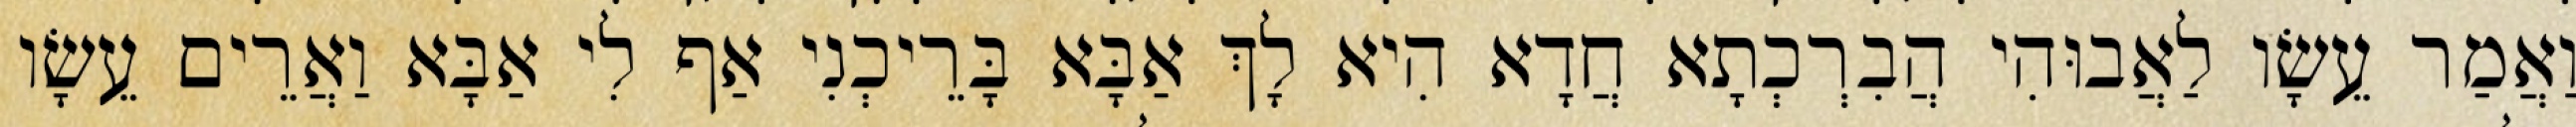
וַאֲמַר עֵשָׂו לַאֲבוּהִי הֲבִרְכְתָא חֲדָא הִיא לָךְ אַבָּא בָּרֵיכְנִי אַף לִי אַבָּא וַאֲרֵים עֵשָׂו